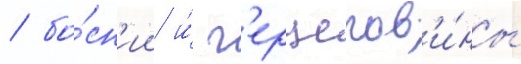
/ бо́сн'ии и́ г'ерцегов'и́ны